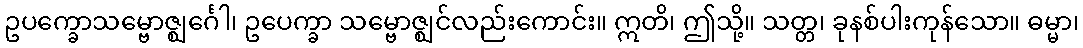
ဥပက္ခောသမ္ဗောဇ္ဈင်္ဂေါ၊ ဥပေက္ခာ သမ္ဗောဇ္ဈင်လည်းကောင်း။ ဣတိ၊ ဤသို့။ သတ္တ၊ ခုနစ်ပါးကုန်သော။ ဓမ္မာ၊